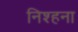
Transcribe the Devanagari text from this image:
निश्हना